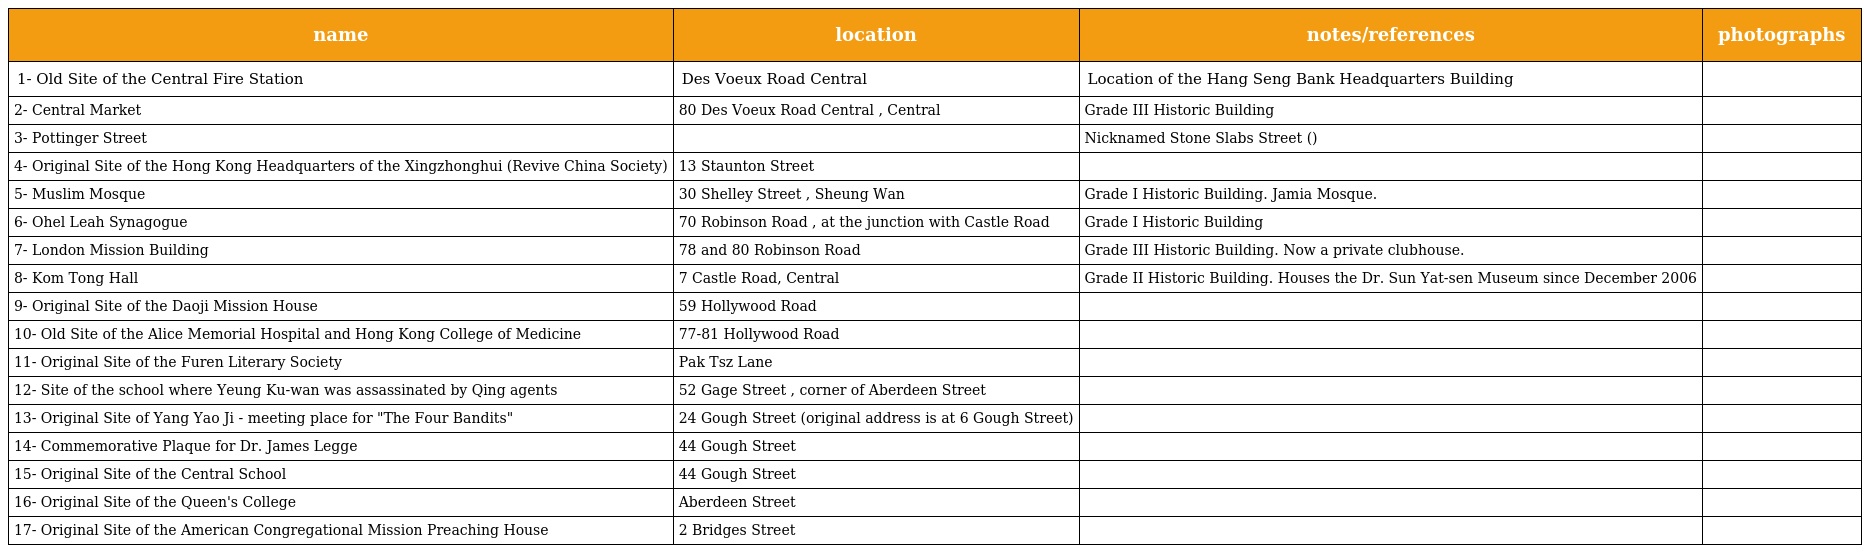
| name | location | notes/references | photographs |
 | --- | --- | --- | --- |
 | 1- Old Site of the Central Fire Station | Des Voeux Road Central | Location of the Hang Seng Bank Headquarters Building |  |
 | 2- Central Market | 80 Des Voeux Road Central , Central | Grade III Historic Building |  |
 | 3- Pottinger Street |  | Nicknamed Stone Slabs Street (石板街) |  |
 | 4- Original Site of the Hong Kong Headquarters of the Xingzhonghui (Revive China Society) | 13 Staunton Street |  |  |
 | 5- Muslim Mosque | 30 Shelley Street , Sheung Wan | Grade I Historic Building. Jamia Mosque. |  |
 | 6- Ohel Leah Synagogue | 70 Robinson Road , at the junction with Castle Road | Grade I Historic Building |  |
 | 7- London Mission Building | 78 and 80 Robinson Road | Grade III Historic Building. Now a private clubhouse. |  |
 | 8- Kom Tong Hall | 7 Castle Road, Central | Grade II Historic Building. Houses the Dr. Sun Yat-sen Museum since December 2006 |  |
 | 9- Original Site of the Daoji Mission House | 59 Hollywood Road |  |  |
 | 10- Old Site of the Alice Memorial Hospital and Hong Kong College of Medicine | 77-81 Hollywood Road |  |  |
 | 11- Original Site of the Furen Literary Society | Pak Tsz Lane |  |  |
 | 12- Site of the school where Yeung Ku-wan was assassinated by Qing agents | 52 Gage Street , corner of Aberdeen Street |  |  |
 | 13- Original Site of Yang Yao Ji - meeting place for "The Four Bandits" | 24 Gough Street (original address is at 6 Gough Street) |  |  |
 | 14- Commemorative Plaque for Dr. James Legge | 44 Gough Street |  |  |
 | 15- Original Site of the Central School | 44 Gough Street |  |  |
 | 16- Original Site of the Queen's College | Aberdeen Street |  |  |
 | 17- Original Site of the American Congregational Mission Preaching House | 2 Bridges Street |  |  |